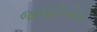
જાલોરીઓનો